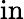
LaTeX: \mathrm{in}